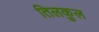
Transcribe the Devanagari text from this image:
तिलकुल